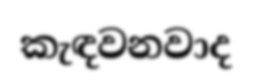
කැඳවනවාද